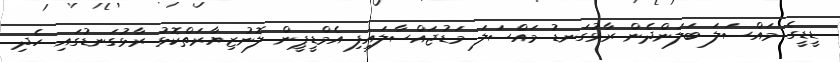
ޑީޑީގެ މައްސަލަ ބަލަންދެން ރާޅުގަނޑު މައްސަލަ މަޑުޖައްސާލައިފި އެމްޑީޕީން ލޮނުޒިޔާރަތްކޮޅު ރާޅުގަނޑުގައި ހެދި